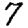
Digit: 7